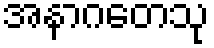
အနာဂတေသု